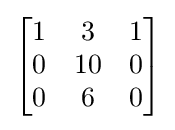
{\begin{bmatrix}1&3&1\\0&10&0\\0&6&0\end{bmatrix}}